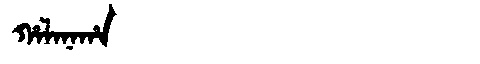
Manchu: ᡥᠠᠯᠠᠨᠠᡥᠠ
Romanization: HALANAHA